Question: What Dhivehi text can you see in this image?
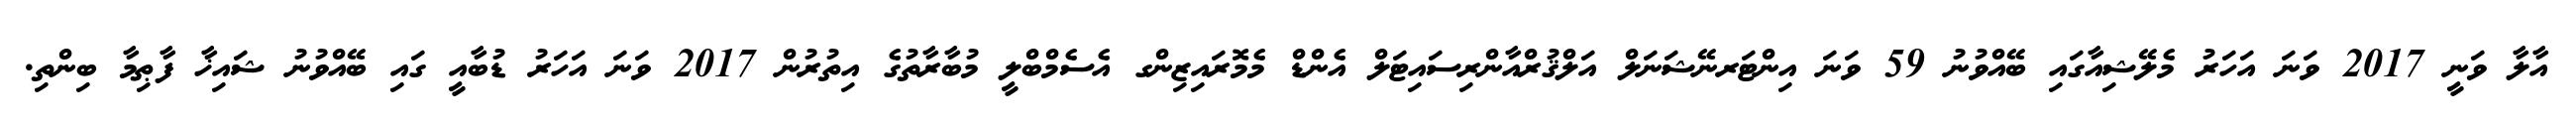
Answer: އާލާ ވަނީ 2017 ވަނަ އަހަރު މެލޭޝިއާގައި ބޭއްވުނު 59 ވަނަ އިންޓަރނޭޝަނަލް އަލްޤުރްއާންރިސައިޓަލް އެންޑް މެމޮރައިޒިންގ އެސެމްބްލީ މުބާރާތުގެ އިތުރުން 2017 ވަނަ އަހަރު ޑުބާއީ ގައި ބޭއްވުނު ޝައިޚާ ފާޠިމާ ބިންތި.